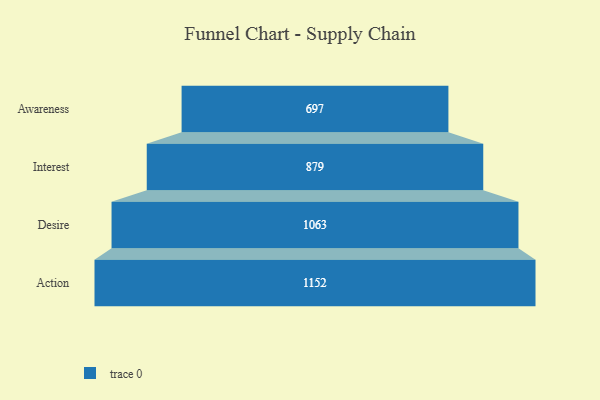
{"axis": {"x": "Stage", "y": "Value"}, "legend": [""], "data": [{"x": "Awareness", "y": 697.0, "type": ""}, {"x": "Interest", "y": 879.0, "type": ""}, {"x": "Desire", "y": 1063.0, "type": ""}, {"x": "Action", "y": 1152.0, "type": ""}]}